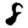
Digit: 8